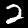
Digit: 2